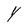
Character: Y